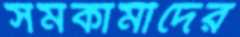
সমকামীদের